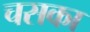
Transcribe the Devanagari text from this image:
चसका